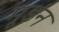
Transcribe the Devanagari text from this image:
मूडंन